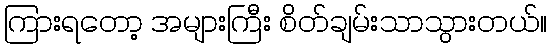
ကြားရတော့ အများကြီး စိတ်ချမ်းသာသွားတယ်။